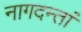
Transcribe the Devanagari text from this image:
नागदन्तां